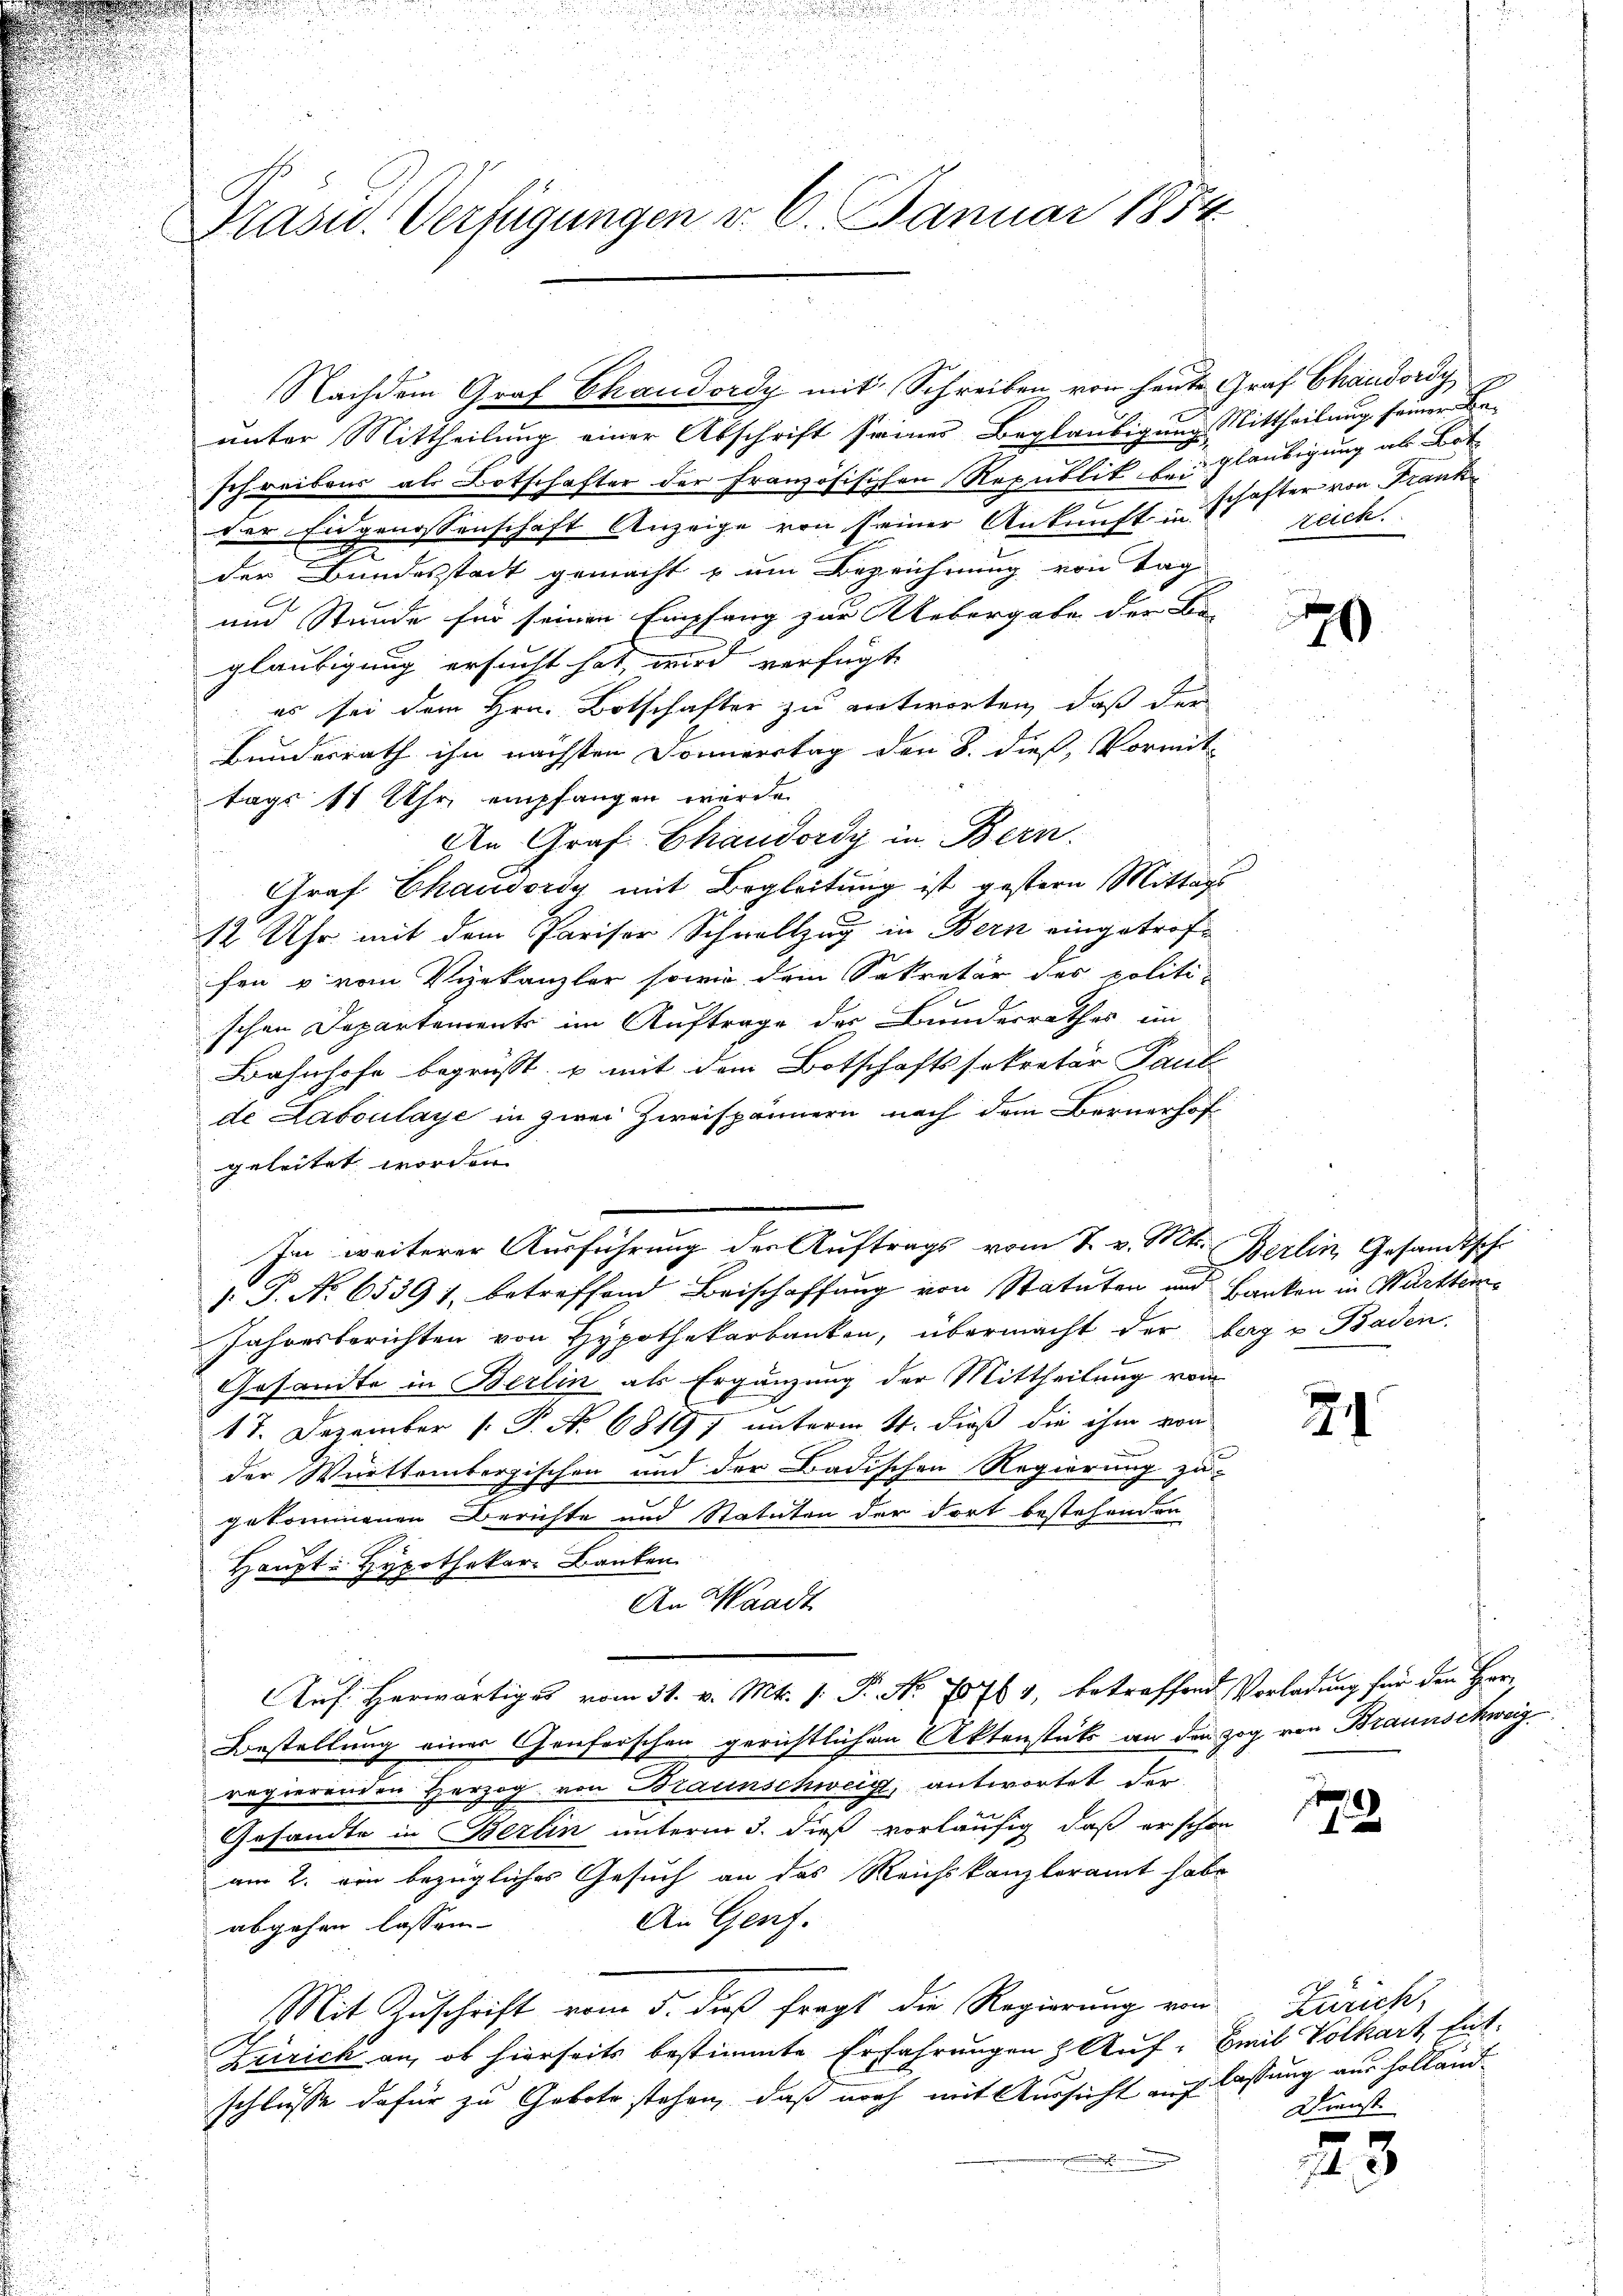
Präsid. Verfügungen v. 6. Januar 1854

Nachdem Graf Chandordy mit Schreiben, von heute Graf Chandordy
unter Mittheilung einer Abschrift seines Beglaubigung Mittheilung seiner Be-
schreibens als Botschafter der französischen Republik bei Gläubigung als Bat
der Eidgenossenschaft Anzeige von seiner Ankunft in schafter von Frank
der Bundesstadt gemacht & um Bezeichnung von Tag
und Stunde für seinen Empfang zur Uebergabe der Be-
gläubigung ersucht hat, wird verfügt
es sei dem Hrn. Botschafter zu entworten, daß der
Bundesrath ihn nächsten Donnerstag den 8. dieß, Vormittags 11 Uhr empfangen wurde.
Aen Graf Chanderdy in Bern.
Graf Chausordy mit Begleitung ist gestern Mittags
12 Uhr mit dem Pariser Schnellzug in Bern eingetroffen u vom Verkanzler sowie dem Sekretär des politischen Departements im Auftrage des Bundesrathes im
Bahnhofe begrüßt. u mit dem Botschaftssekretär Paul
de Laboulaye in zwei Zweispännern nach dem Bernerhof
geleitet worden.
d. P. No 65391, betreffend Beischaffung von Statuten und Hanken in Württem¬
Jahresberichten von Hypothekarbanken, übermacht der Tag u. Baden.
Gesandte in Berlin als Ergänzung der Mittheilung vom
17. Dezember 1. P. No 6819, unterm 4. dieß die ihm von
der Württembergischen und der Badischen Regierung zu-
gekommenen Berichte und Statuten der dort bestehenden
Haupt- Hypothekar Banken
An Waadt
Auf Herwärtiges vom 31. v. Mts. (: P. No 78764, betreffend Vorladung für den Herr
Bestellung einer Genforschen gerichtlichen Aktenstäts an den zog von Braunschweig.
regierenden Herzog von Braunschweig, antwortet der
Gesandte in Berlin unterm 3. dieß vorläufig, daß er schon
am 2. ein bezügliches Gesuch an das Reichskanzleramt habe
An Genf.
abgehen lassen. |
Mit Zuschrift vom 5. dieß fragt die Regierung von Zürich¬
Zürich an, ob hierseits bestimmte Erfahrungen & Auf- Emil Volkart, Ent-
schlüsse dafür zu Gebote stehen, daß noch mit Aussicht auf lassung aus holland¬
.

Im weiterer Ausführung der Auftrags vom 7. v. Mts. Berlin, Gesandtschr

zeich.

7

e

2

179

Dienst

25